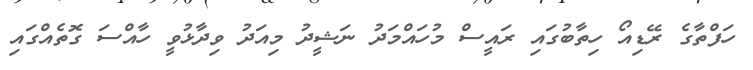
ހަފްތާގެ ރޭޑިއޯ ހިތާބުގައި ރައީސް މުހައްމަދު ނަޝީދު މިއަދު ވިދާޅުވީ ހާއްސަ ގޮތެއްގައި